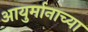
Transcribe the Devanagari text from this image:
आयुर्मानाच्या